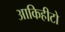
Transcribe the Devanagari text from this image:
आकिहीटो